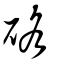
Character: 硌